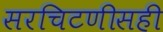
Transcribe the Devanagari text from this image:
सरचिटणीसही